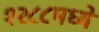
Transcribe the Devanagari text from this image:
१२८८मध्ये